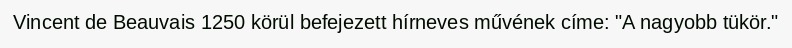
Vincent de Beauvais 1250 körül befejezett hírneves művének címe: "A nagyobb tükör."